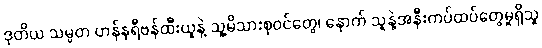
ဒုတိယ သမ္မတ ဟန်နရီဗန်ထီးယူနဲ့ သူ့မိသားစုဝင်တွေ၊ နောက် သူနဲ့အနီးကပ်ထပ်တွေမှုရှိသူ